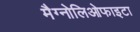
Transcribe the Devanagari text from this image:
मैग्नोलिओफाइटा